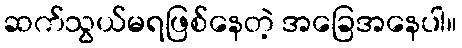
ဆက်သွယ်မရဖြစ်နေတဲ့ အခြေအနေပါ။